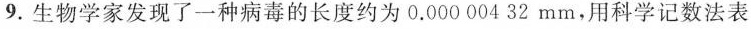
9.生物学家发现了一种病毒的长度约为0.00000432mm，用科学记数法表